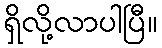
ရှိလို့လာပါပြီ။